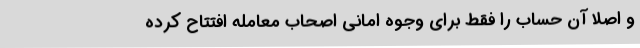
و اصلاً آن حساب را فقط برای وجوهِ اَمانی اصحاب معامله افتتاح کرده